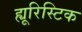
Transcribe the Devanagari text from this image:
ह्यूरिस्टिक